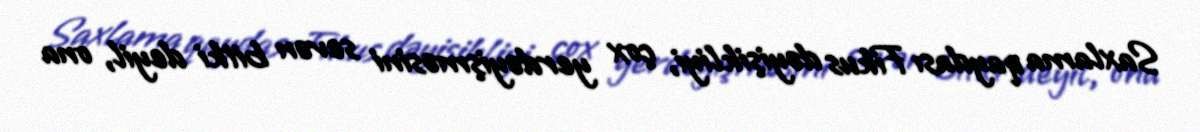
Saxlama qaydası Fikus dəyişikliyi, çox yerdəyişməsini sevən bitki deyil, ona